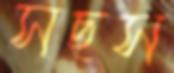
সছস